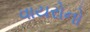
વાયરોનો